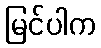
မြင်ပါက